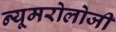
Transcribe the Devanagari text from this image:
न्यूमरोलोजी